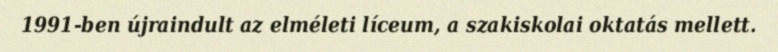
1991-ben újraindult az elméleti líceum, a szakiskolai oktatás mellett.